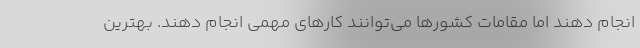
انجام دهند اما مقامات کشورها می‌توانند کارهای مهمی انجام دهند. بهترین